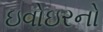
ઇવોઇરનો